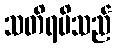
သတိရမိသည်